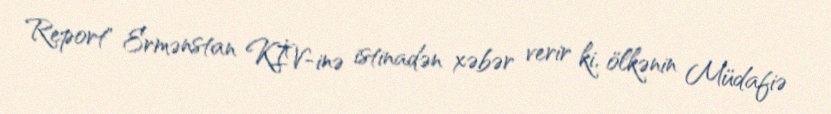
Report" Ermənstan KİV-inə istinadən xəbər verir ki, ölkənin Müdafiə